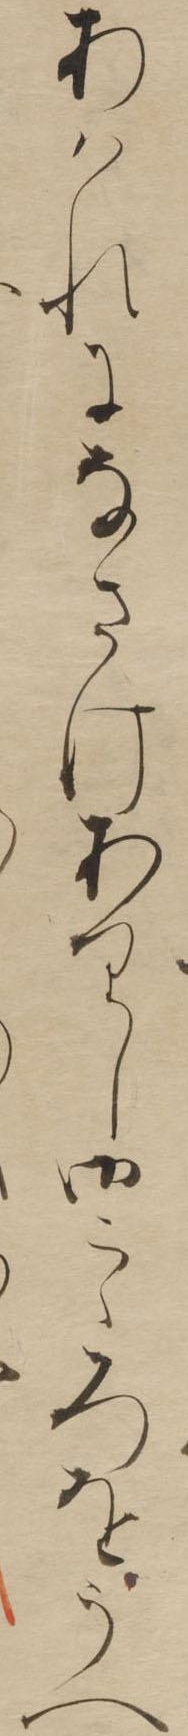
あはれになさけありし御こゝろをうへ